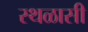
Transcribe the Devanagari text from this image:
स्थळासी